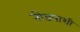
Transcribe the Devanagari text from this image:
नोडपाशी